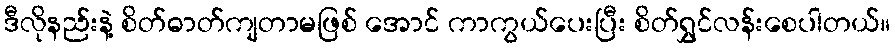
ဒီလိုနည်းနဲ့ စိတ်ဓာတ်ကျတာမဖြစ် အောင် ကာကွယ်ပေးပြီး စိတ်ရွှင်လန်းစေပါတယ်။